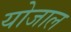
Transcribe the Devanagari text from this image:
योजाल